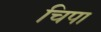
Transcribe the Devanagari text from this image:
चिपा